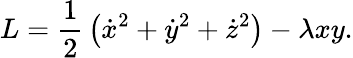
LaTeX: L=\frac{1}{2}\, \left(\dot{x}^{2}+\dot{y}^{2}+\dot{z}^{2}\right)-\lambda xy.